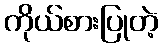
ကိုယ်စားပြုတဲ့